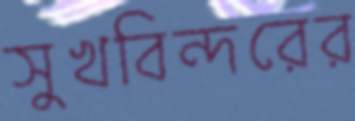
সুখবিন্দরের